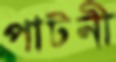
পাটনী